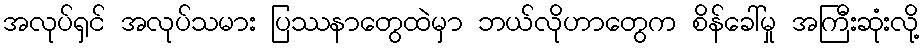
အလုပ်ရှင် အလုပ်သမား ပြဿနာတွေထဲမှာ ဘယ်လိုဟာတွေက စိန်ခေါ်မှု အကြီးဆုံးလို့